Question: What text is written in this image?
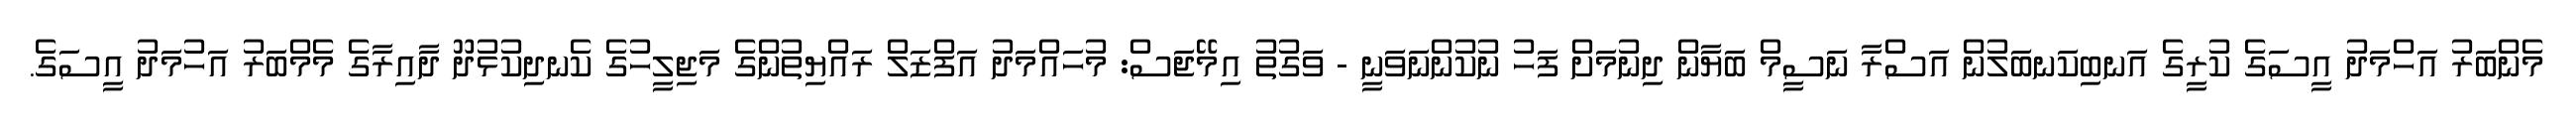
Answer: މެންބަރު އަހްމަދު އީސަގެ ކުރީގެ އަނބިކަނބަލުން އަސްރާ ނަސީމް ބަޔާން ދިނުމަށް ފަހު ނުކުންނަވަނީ - ވަގުތު އިމޭޖަސް: މުހައްމަދު އަފްޒަލް ރައްޔިތުންގެ މަޖިލީހުގެ ކެނދިކުޅުދޫ ދާއިރާގެ މެމްބަރު އަހުމަދު އީސަގެ.